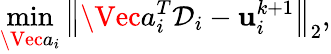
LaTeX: \operatorname*{min}_{\Vec{a}_{i}}{\left\| \Vec{a}_{i}^{T}\mathcal{D}_{i}-\mathbf{u}_{i}^{k+1}\right\| _{2}},